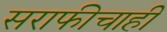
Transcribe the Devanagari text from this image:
सराफीचाही